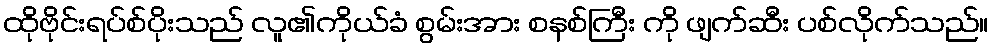
ထိုဗိုင်းရပ်စ်ပိုးသည် လူ၏ကိုယ်ခံ စွမ်းအား စနစ်ကြီး ကို ဖျက်ဆီး ပစ်လိုက်သည်။